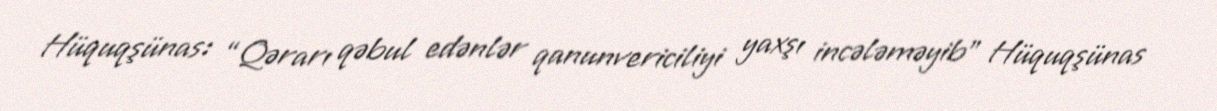
Hüquqşünas: “Qərarı qəbul edənlər qanunvericiliyi yaxşı incələməyib” Hüquqşünas